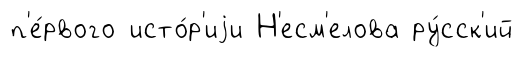
п'е́рвого исто́р'иjи Н'есм'елова ру́сск'ий